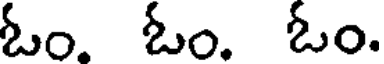
ఓం. ఓం. ఓం.